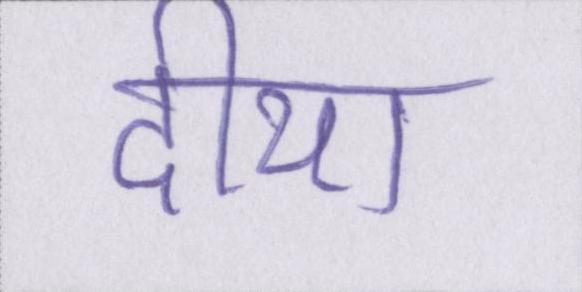
दीया